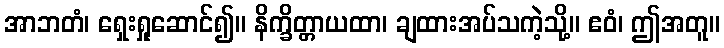
အာဘတံ၊ ရှေးရှုဆောင်၍။ နိက္ခိတ္တာယထာ၊ ချထားအပ်သကဲ့သို့။ ဧဝံ၊ ဤအတူ။